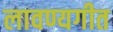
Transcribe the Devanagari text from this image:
लावण्यगीत